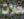
محلات